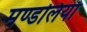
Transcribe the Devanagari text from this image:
मण्डलियाँ